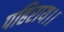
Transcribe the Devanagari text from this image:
पहिराय।।